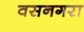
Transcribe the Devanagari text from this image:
वसनगरा